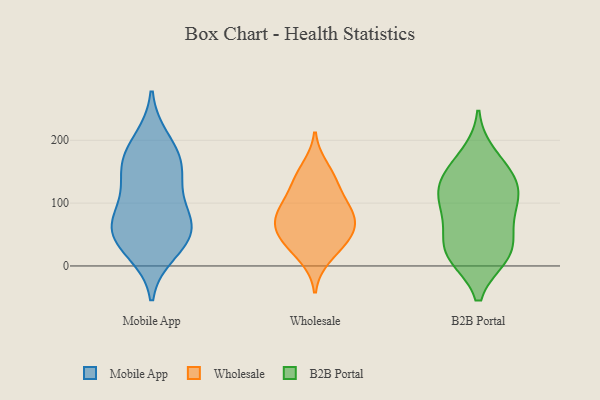
{"axis": {"x": "Page Views", "y": "Value"}, "legend": ["B2B Portal", "Mobile App", "Wholesale"], "data": [{"x": "", "y": 49, "type": "Mobile App"}, {"x": "", "y": 73, "type": "Mobile App"}, {"x": "", "y": 88, "type": "Mobile App"}, {"x": "", "y": 200, "type": "Mobile App"}, {"x": "", "y": 23, "type": "Mobile App"}, {"x": "", "y": 149, "type": "Mobile App"}, {"x": "", "y": 161, "type": "Mobile App"}, {"x": "", "y": 48, "type": "Mobile App"}, {"x": "", "y": 42, "type": "Mobile App"}, {"x": "", "y": 178, "type": "Mobile App"}, {"x": "", "y": 77, "type": "Mobile App"}, {"x": "", "y": 140, "type": "Mobile App"}, {"x": "", "y": 36, "type": "Wholesale"}, {"x": "", "y": 82, "type": "Wholesale"}, {"x": "", "y": 128, "type": "Wholesale"}, {"x": "", "y": 13, "type": "Wholesale"}, {"x": "", "y": 82, "type": "Wholesale"}, {"x": "", "y": 133, "type": "Wholesale"}, {"x": "", "y": 83, "type": "Wholesale"}, {"x": "", "y": 51, "type": "Wholesale"}, {"x": "", "y": 45, "type": "Wholesale"}, {"x": "", "y": 96, "type": "Wholesale"}, {"x": "", "y": 157, "type": "Wholesale"}, {"x": "", "y": 58, "type": "Wholesale"}, {"x": "", "y": 58, "type": "B2B Portal"}, {"x": "", "y": 101, "type": "B2B Portal"}, {"x": "", "y": 108, "type": "B2B Portal"}, {"x": "", "y": 21, "type": "B2B Portal"}, {"x": "", "y": 147, "type": "B2B Portal"}, {"x": "", "y": 128, "type": "B2B Portal"}, {"x": "", "y": 147, "type": "B2B Portal"}, {"x": "", "y": 16, "type": "B2B Portal"}, {"x": "", "y": 18, "type": "B2B Portal"}, {"x": "", "y": 176, "type": "B2B Portal"}, {"x": "", "y": 23, "type": "B2B Portal"}, {"x": "", "y": 113, "type": "B2B Portal"}, {"x": "", "y": 73, "type": "B2B Portal"}]}